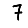
Digit: 7